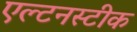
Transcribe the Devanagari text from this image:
एल्टनस्टीक